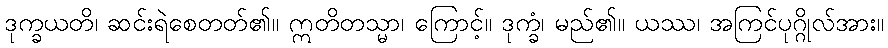
ဒုက္ခယတိ၊ ဆင်းရဲစေတတ်၏။ ဣတိတသ္မာ၊ ကြောင့်။ ဒုက္ခံ၊ မည်၏။ ယဿ၊ အကြင်ပုဂ္ဂိုလ်အား။